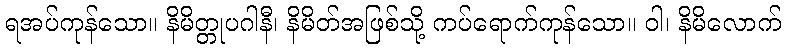
ရအပ်ကုန်သော။ နိမိတ္တုပဂါနီ၊ နိမိတ်အဖြစ်သို့ ကပ်ရောက်ကုန်သော။ ဝါ၊ နိမိလောက်